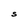
Character: S